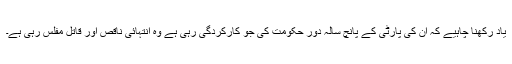
یاد رکھنا چاہیے کہ ان کی پارٹی کے پانچ سالہ دور حکومت کی جو کارکردگی رہی ہے وہ انتہائی ناقص اور قاتل مفلس رہی ہے۔